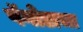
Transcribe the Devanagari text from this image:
पॅगोडाचा